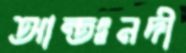
আন্তঃনদী